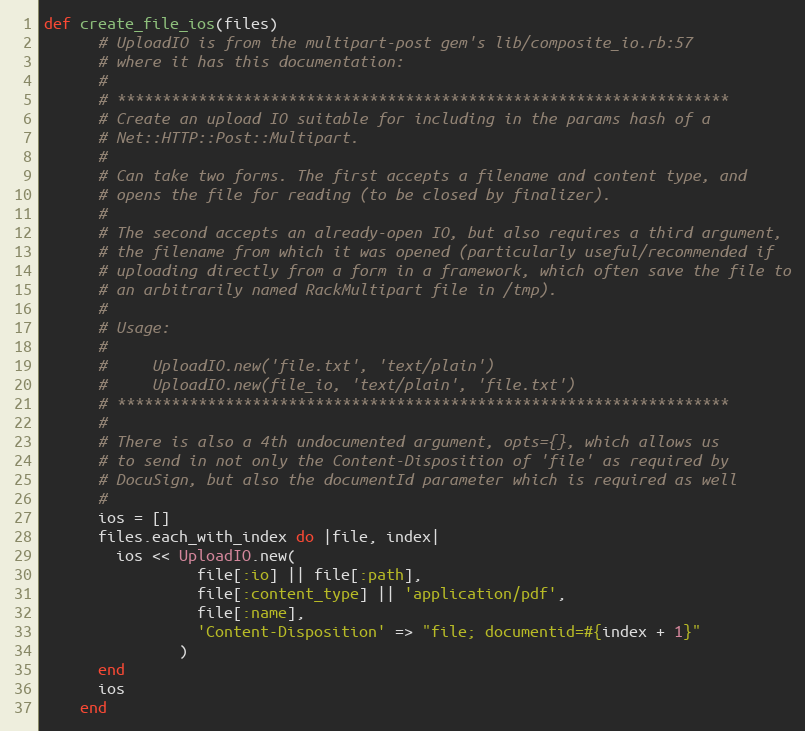
Language: Ruby
def create_file_ios(files)
      # UploadIO is from the multipart-post gem's lib/composite_io.rb:57
      # where it has this documentation:
      #
      # ********************************************************************
      # Create an upload IO suitable for including in the params hash of a
      # Net::HTTP::Post::Multipart.
      #
      # Can take two forms. The first accepts a filename and content type, and
      # opens the file for reading (to be closed by finalizer).
      #
      # The second accepts an already-open IO, but also requires a third argument,
      # the filename from which it was opened (particularly useful/recommended if
      # uploading directly from a form in a framework, which often save the file to
      # an arbitrarily named RackMultipart file in /tmp).
      #
      # Usage:
      #
      #     UploadIO.new('file.txt', 'text/plain')
      #     UploadIO.new(file_io, 'text/plain', 'file.txt')
      # ********************************************************************
      #
      # There is also a 4th undocumented argument, opts={}, which allows us
      # to send in not only the Content-Disposition of 'file' as required by
      # DocuSign, but also the documentId parameter which is required as well
      #
      ios = []
      files.each_with_index do |file, index|
        ios << UploadIO.new(
                 file[:io] || file[:path],
                 file[:content_type] || 'application/pdf',
                 file[:name],
                 'Content-Disposition' => "file; documentid=#{index + 1}"
               )
      end
      ios
    end